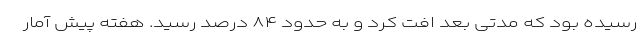
رسیده بود که مدتی بعد افت کرد و به حدود ۸۴ درصد رسید. هفته پیش آمار